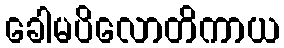
ခေါမပိလောတိကာယ